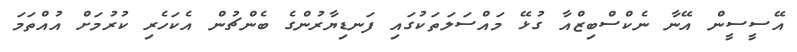
އޭސީސީން އޭނާ ނެކްސްބިޒްއާ ގުޅޭ މައްސަލަތަކުގައި ފަނޑިޔާރުންގެ ބެންޗުން އެކަހެރި ކުރުމަށް އުއްތަމަ